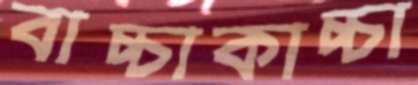
বাচ্চাকাচ্চা